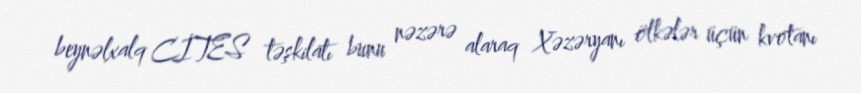
beynəlxalq CİTES təşkilatı bunu nəzərə alaraq Xəzəryanı ölkələr üçün kvotanı